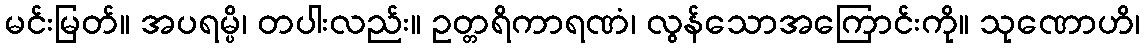
မင်းမြတ်။ အပရမ္ပိ၊ တပါးလည်း။ ဥတ္တရိကာရဏံ၊ လွန်သောအကြောင်းကို။ သုဏောဟိ၊